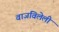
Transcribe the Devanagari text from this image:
वाजविलेली